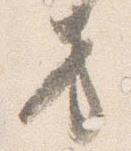
方